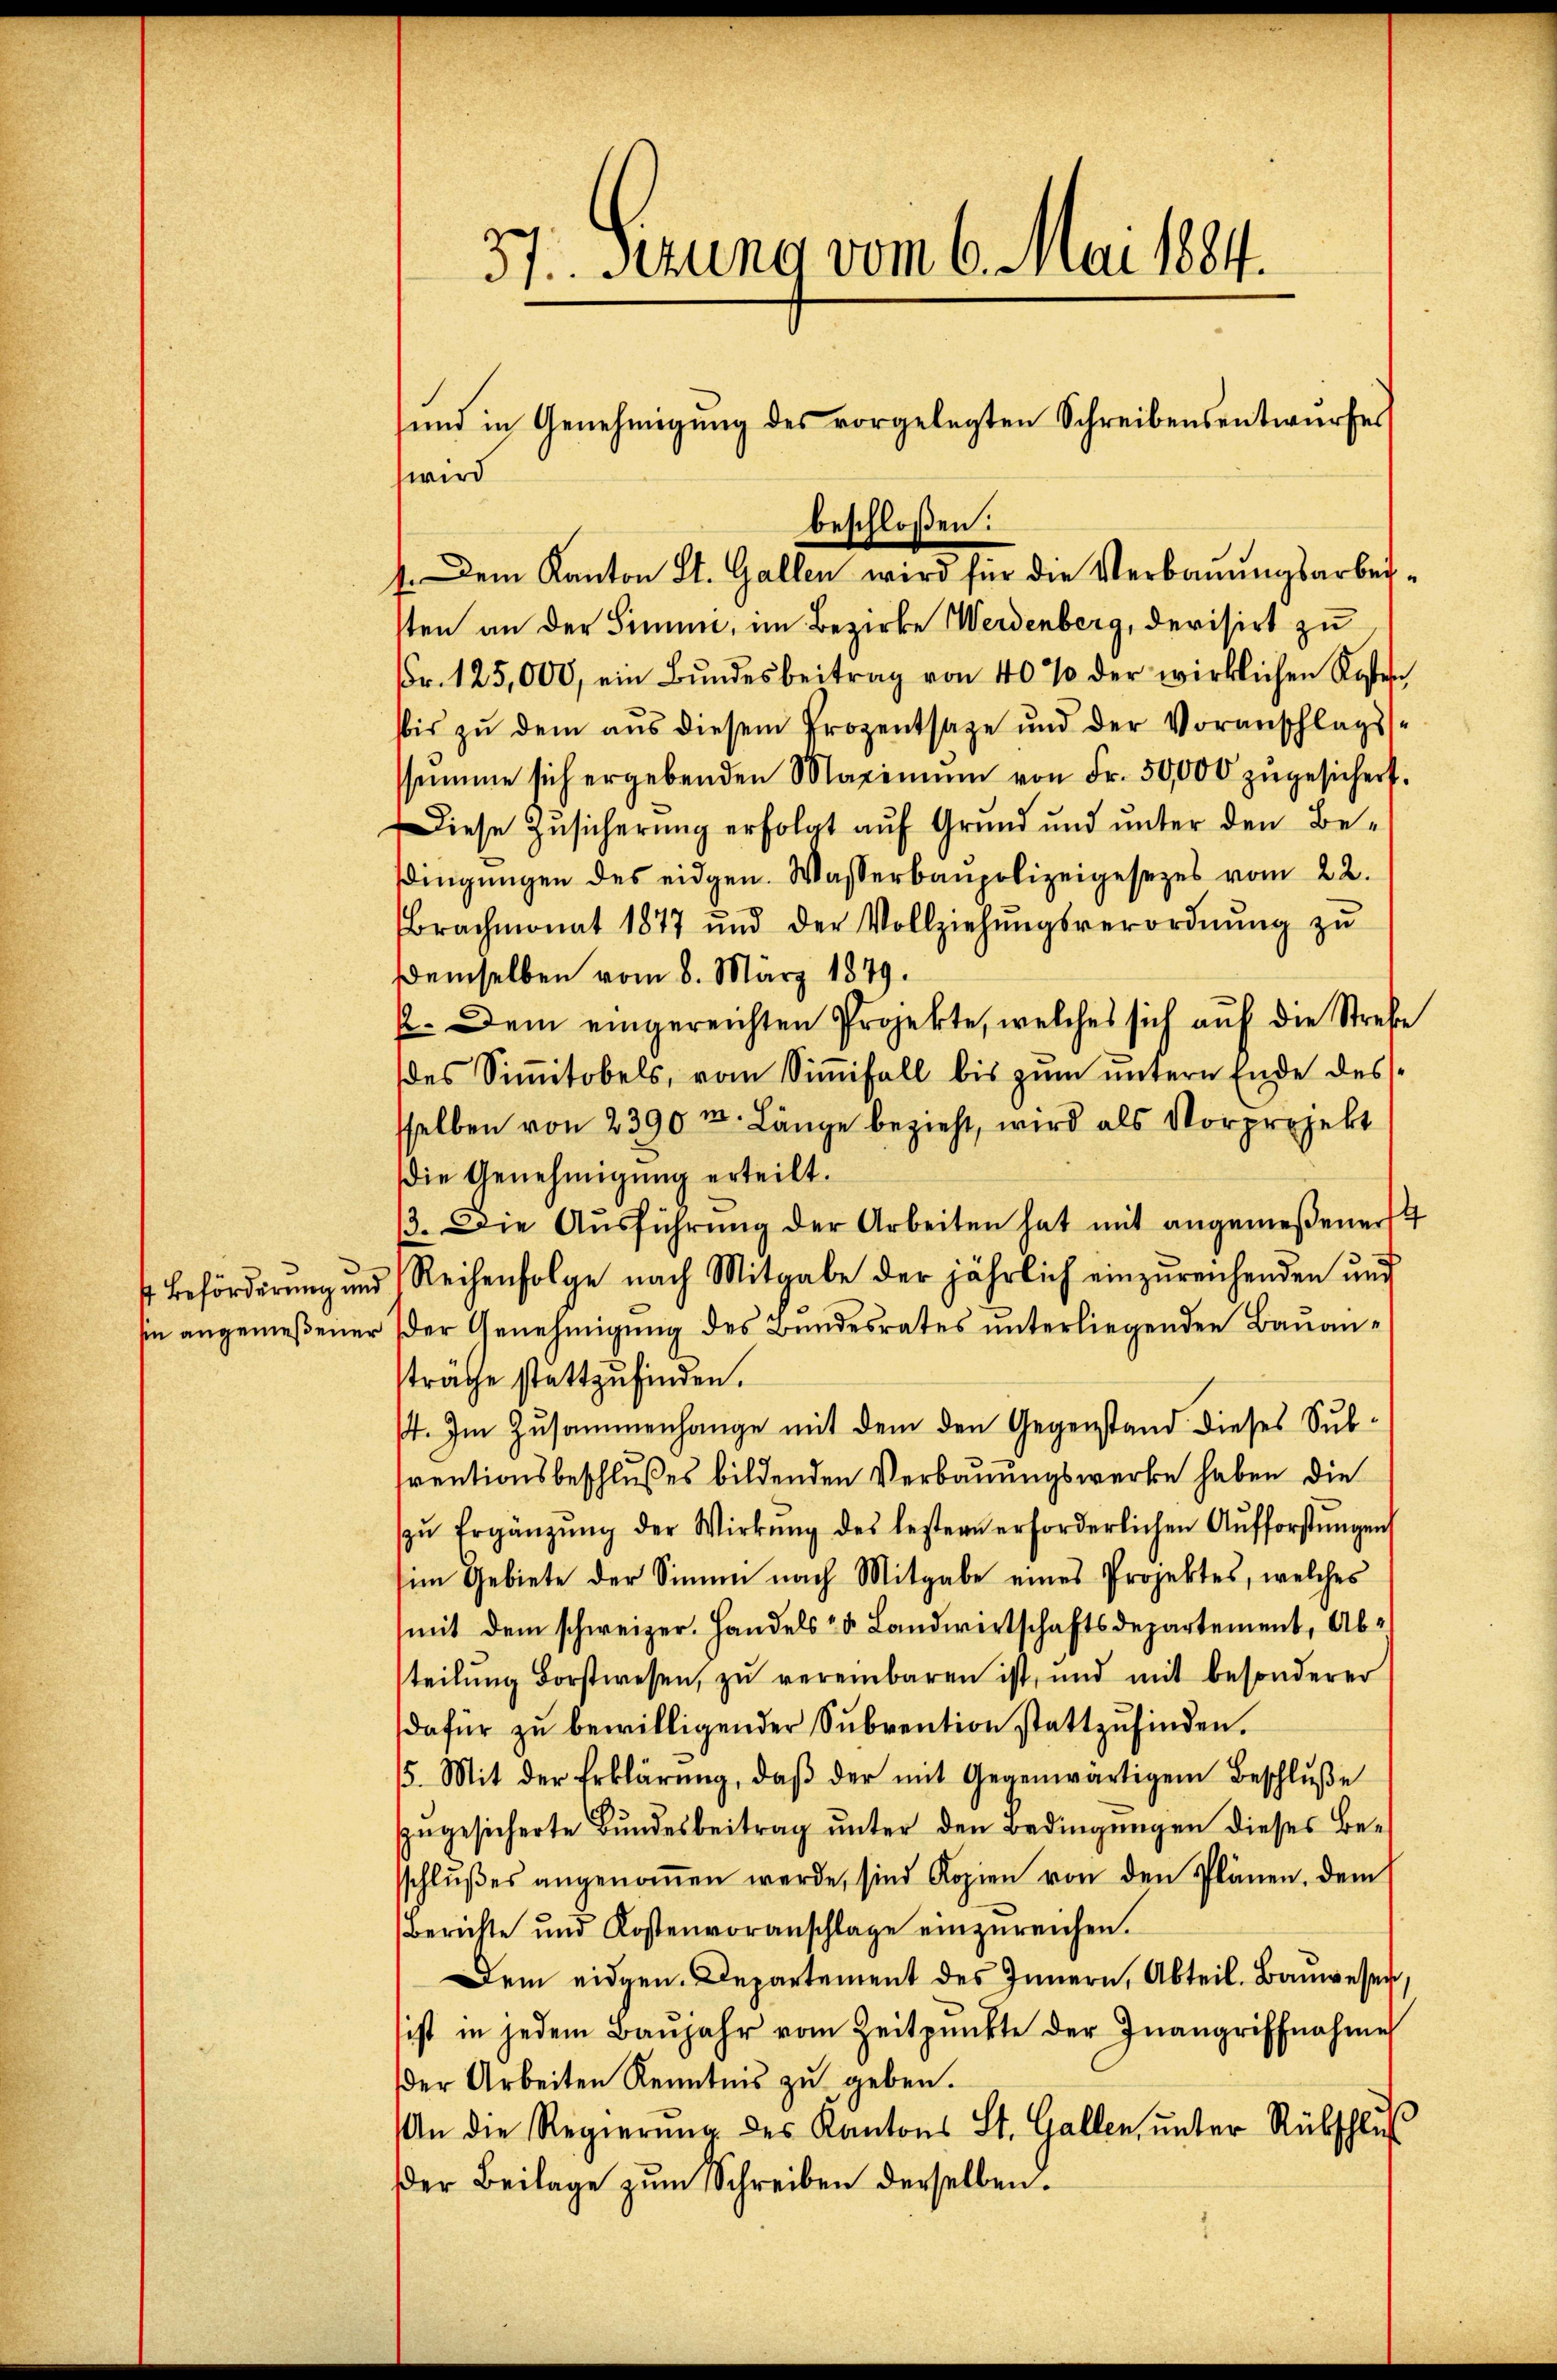
st Beförderung und
sie angemeßener

37. Fezung vom 6. Mai 1884.
und in Genehmigung des vorgelegten Schreibensentwurfes

wird
1. Dem Kanton St. Gallen wird für die Verbauungsarbeisten an der Simme, im Bezirke Werdenberg, devisirt zu
Fr. 125,000, ein Bŭndesbeitrag von 40% der wirklichen Kosten
bis zŭ dem aŭs diesem Prozentsage und der Voranschlags
ssŭmme sich ergebenden Maximŭm von Fr. 50,000 zŭgesichert.
Diese Zusicherung erfolgt auf Grund und unter den Be-
ddingŭngen des eidgen. Wasserbaupolizeigesezes vom 22.
Brachmonat 1877 und der Vollziehŭngsverordnŭng zŭ
Demselben vom 8. März 1879.
p. Dem eingereichten Projekte, welches sich auf die Strebe
des Siṁitobels, vom Siṁifall bis zŭm ŭntern Ende des
sselben von 2390m Länge bezieht, wird als Vorprojekt
Die Genehmigung erteilt.
/3. Die Aŭsführŭng der Arbeiten hat mit angemeßenerst
Reihenfolge nach Mitgabe der jährlich einzŭreichenden und
der Genehmigung des Bundesrates unterliegenden Bauanträge stattzufinden.
4. Im Zusammenhange mit dem den Gegenstand dieses Subventionsbeschlußes bildenden Verbauungswerke haben die
zŭ Ergänzŭng der Wirkŭng des leztern erforderlichen Aŭfforstŭngen
(im Gebiete der Simmi nach Mitgabe eines Projektes, welches
mit dem schweizer. Handels- & Landwirtschaftsdepartement, Abteilŭng Forstwesen, zŭ vereinbaren ist, und mit besonderer
dafür zŭ bewilligender Sŭbvention stattzŭfinden.
5. Mit der Erklärŭng, daβ der mit Gegenwärtigem Beschlŭβe
zŭgesicherte Bŭndesbeitrag ŭnter den Bedingŭngen dieses Be-
sschlŭβes angenoṁen werde, sind Kopien von den Plänen, dem
Berichte und Kostenvoranschlage einzŭreichen.
Dem eidgen. Departement des Innern, Abteil. Bauwesen,
sist in jedem Baŭjahr vom Zeitpunkte der Inangriffnahme
der Arbeiten Kenntnis zu geben.
An die Regierŭng des Kantons St. Gallen, ŭnter Rübschlŭ
er Beilage zum Schreiben derselben.

beschloßen: